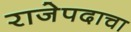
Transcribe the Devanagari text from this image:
राजेपदाचा